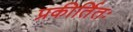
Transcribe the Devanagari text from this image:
प्रकीर्तितः